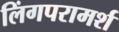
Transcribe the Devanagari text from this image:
लिंगपरामर्श